Document type: payment_order
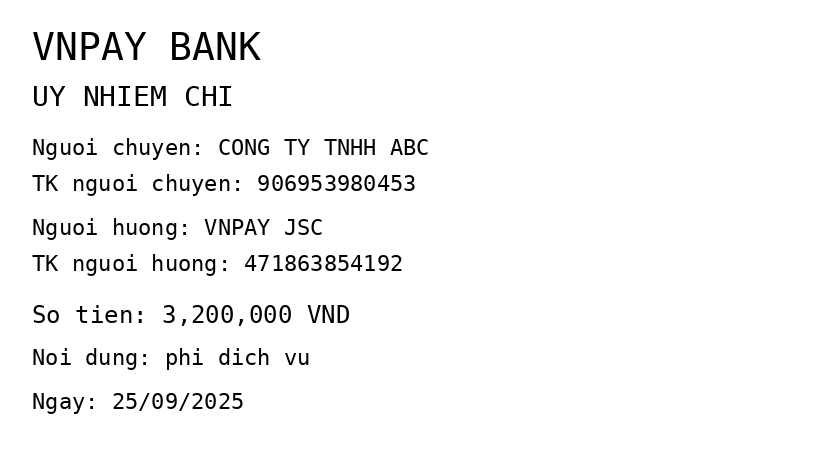
OCR transcript:
VNPAY BANK
UY NHIEM CHI
Nguoi chuyen: CONG TY TNHH ABC
TK nguoi chuyen: 906953980453
Nguoi huong: VNPAY JSC
TK nguoi huong: 471863854192
So tien: 3,200,000 VND
Noi dung: phi dich vu
Ngay: 25/09/2025
Extracted fields:
bank_name: vnpay bank
sender_name: cong ty tnhh abc
sender_account: 906953980453
beneficiary_name: vnpay jsc
beneficiary_account: 471863854192
amount: 3200000
content: phi dich vu
date: 2025-09-25